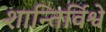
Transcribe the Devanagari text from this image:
शान्तिर्विश्वे